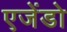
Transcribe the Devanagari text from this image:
एजेंडो